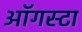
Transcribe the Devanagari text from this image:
ऑगस्‍टा